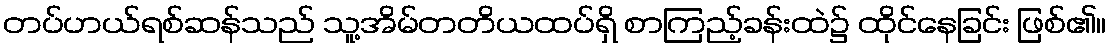
တပ်ဟယ်ရစ်ဆန်သည် သူ့အိမ်တတိယထပ်ရှိ စာကြည့်ခန်းထဲ၌ ထိုင်နေခြင်း ဖြစ်၏။